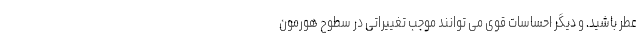
عطر باشید. و دیگر احساسات قوی می توانند موجب تغییراتی در سطوح هورمون